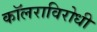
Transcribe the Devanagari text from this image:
कॉलराविरोधी